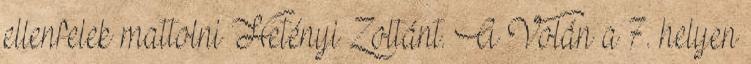
ellenfelek mattolni Hetényi Zoltánt. A Volán a 7. helyen